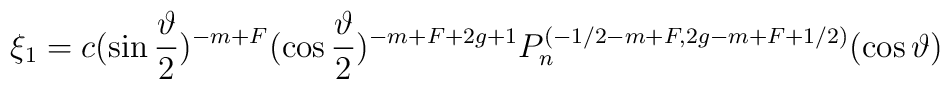
\xi _1=c(\sin \frac \vartheta 2)^{-m+F}(\cos \frac \vartheta2)^{-m+F+2g+1}P_n^{(-1/2-m+F,2g-m+F+1/2)}(\cos \vartheta )